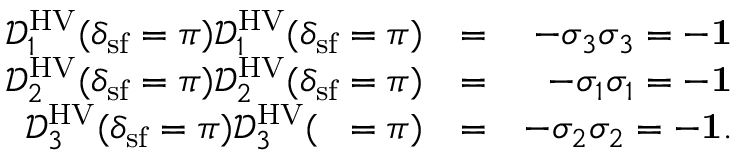
\begin{array} { r l r } { \mathcal { D } _ { 1 } ^ { \mathrm { H V } } ( \delta _ { \mathrm { s f } } = \pi ) \mathcal { D } _ { 1 } ^ { \mathrm { H V } } ( \delta _ { \mathrm { s f } } = \pi ) } & { = } & { - \sigma _ { 3 } \sigma _ { 3 } = - { \bf 1 } } \\ { \mathcal { D } _ { 2 } ^ { \mathrm { H V } } ( \delta _ { \mathrm { s f } } = \pi ) \mathcal { D } _ { 2 } ^ { \mathrm { H V } } ( \delta _ { \mathrm { s f } } = \pi ) } & { = } & { - \sigma _ { 1 } \sigma _ { 1 } = - { \bf 1 } } \\ { \mathcal { D } _ { 3 } ^ { \mathrm { H V } } ( \delta _ { \mathrm { s f } } = \pi ) \mathcal { D } _ { 3 } ^ { \mathrm { H V } } ( { \it \Delta \phi } = \pi ) } & { = } & { - \sigma _ { 2 } \sigma _ { 2 } = - { \bf 1 } . } \end{array}